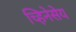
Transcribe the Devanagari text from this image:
च्हिनेसेय